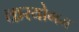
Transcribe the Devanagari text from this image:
करयोगम